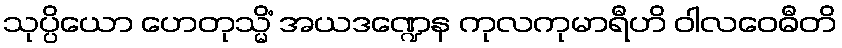
သုပ္ပိယော ဟေတုသ္မိံ အယဒဏ္ဍေန ကုလကုမာရီဟိ ဝါလဝေဓီတိ